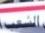
الشعب